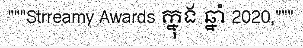
"""Strreamy Awards ក្នុង ឆ្នាំ 2020,"""